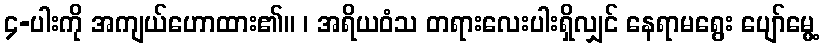
၄-ပါးကို အကျယ်ဟောထား၏။ ၊ အရိယဝံသ တရားလေးပါးရှိလျှင် နေရာမရွေး ပျော်မွေ့